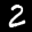
Label: 2